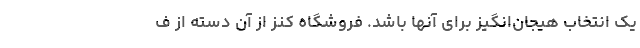
یک انتخاب هیجان‌انگیز برای آنها باشد. فروشگاه کنز از آن دسته از ف